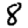
Digit: 8